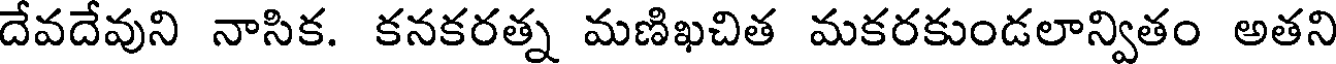
దేవదేవుని నాసిక. కనకరత్న మణిఖచిత మకరకుండలాన్వితం అతని